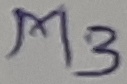
Text: M3